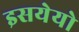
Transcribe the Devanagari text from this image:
इसयेयो